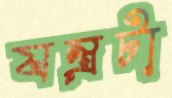
যন্ত্রটা